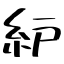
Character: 䋆